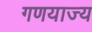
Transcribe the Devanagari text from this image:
गणयाज्य